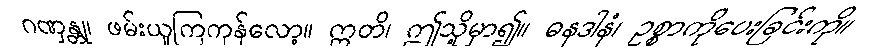
ဂဏှန္တု၊ ဖမ်းယူကြကုန်လော့။ ဣတိ၊ ဤသို့မှာ၍။ ဓနဒါနံ၊ ဥစ္စာကိုပေးခြင်းကို။